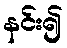
နင်း၍